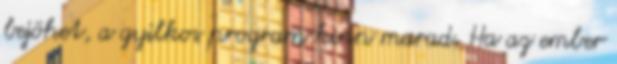
bejöhet, a gyilkos program kinn marad. Ha az ember